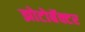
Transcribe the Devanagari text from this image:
झोटोबॅक्टर